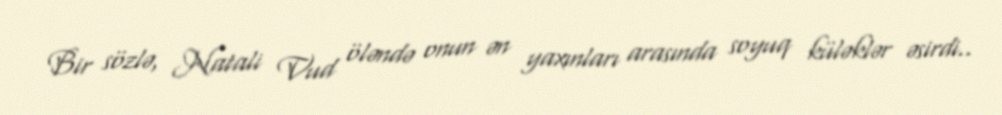
Bir sözlə, Natali Vud öləndə onun ən yaxınları arasında soyuq küləklər əsirdi..